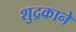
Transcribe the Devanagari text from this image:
शुद्रकाने